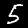
Digit: 5